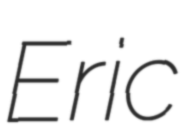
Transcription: Eric